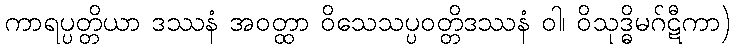
ကာရပ္ပတ္တိယာ ဒဿနံ အဝတ္ထာ ဝိသေသပ္ပဝတ္တိဒဿနံ ဝါ၊ ဝိသုဒ္ဓိမဂ်ဋီကာ)